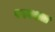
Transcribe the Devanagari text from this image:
परवशता